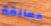
عمالقة